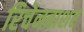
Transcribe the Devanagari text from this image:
रिचेनबाशर